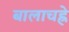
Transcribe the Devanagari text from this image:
बालाचह्रे